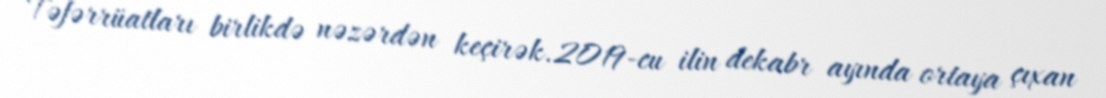
Təfərrüatları birlikdə nəzərdən keçirək.2019-cu ilin dekabr ayında ortaya çıxan